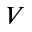
V